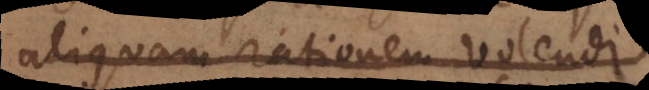
aliquam rationem volendi,